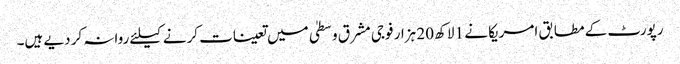
رپورٹ کے مطابق امریکا نے 1 لاکھ 20 ہزار فوجی مشرق وسطیٰ میں تعینات کرنے کیلئے روانہ کر دیے ہیں۔